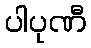
ပါပုဏီ